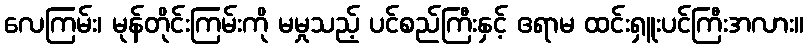
လေကြမ်း၊ မုန်တိုင်းကြမ်းကို မမှုသည့် ပင်စည်ကြီးနှင့် ဧရာမ ထင်းရှူးပင်ကြီးအလား။